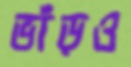
ভাঁড়ও